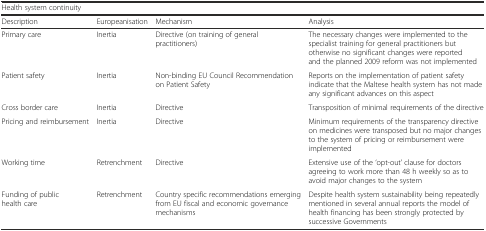
<table><thead><tr><td colspan="4"><b>Health system continuity</b></td></tr><tr><td><b>Description</b></td><td><b>Europeanisation</b></td><td><b>Mechanism</b></td><td><b>Analysis</b></td></tr></thead><tbody><tr><td>Primary care</td><td>Inertia</td><td>Directive (on training of general practitioners)</td><td>The necessary changes were implemented to the specialist training for general practitioners but otherwise no significant changes were reported and the planned 2009 reform was not implemented</td></tr><tr><td>Patient safety</td><td>Inertia</td><td>Non-binding EU Council Recommendation on Patient Safety</td><td>Reports on the implementation of patient safety indicate that the Maltese health system has not made any significant advances on this aspect</td></tr><tr><td>Cross border care</td><td>Inertia</td><td>Directive</td><td>Transposition of minimal requirements of the directive</td></tr><tr><td>Pricing and reimbursement</td><td>Inertia</td><td>Directive</td><td>Minimum requirements of the transparency directive on medicines were transposed but no major changes to the system of pricing or reimbursement were implemented</td></tr><tr><td>Working time</td><td>Retrenchment</td><td>Directive</td><td>Extensive use of the ‘opt-out’ clause for doctors agreeing to work more than 48 h weekly so as to avoid major changes to the system</td></tr><tr><td>Funding of public health care</td><td>Retrenchment</td><td>Country specific recommendations emerging from EU fiscal and economic governance mechanisms</td><td>Despite health system sustainability being repeatedly mentioned in several annual reports the model of health financing has been strongly protected by successive Governments</td></tr></tbody></table>